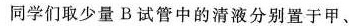
同学们取少量B试管中的清液分别置于甲、